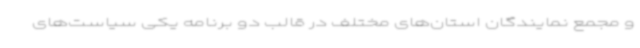
و ‌مجمع نمایندگان استان‌های مختلف در قالب دو برنامه یکی سیاست‌های